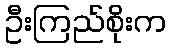
ဦးကြည်စိုးက